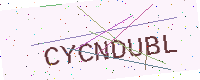
Text: CYCNDUBL